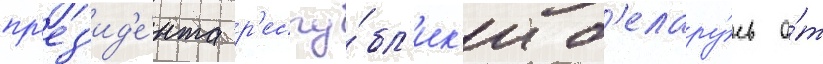
пр'ез'ид'е́нта р'еспу́бл'ик'и б'елару́сь о́т